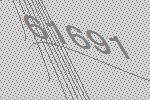
61691